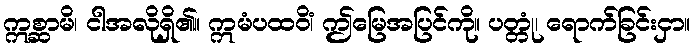
ဣစ္ဆာမိ၊ ငါအလိုရှိ၏။ ဣမံပထဝိံ၊ ဤမြေအပြင်ကို။ ပတ္တုံ၊ ရောက်ခြင်းငှာ။